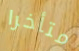
متأخرا